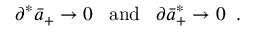
\partial ^ { * } \bar { a } _ { + } \rightarrow 0 \; \; \; \mathrm { a n d } \; \; \; \partial \bar { a } _ { + } ^ { * } \rightarrow 0 \; \; .